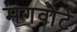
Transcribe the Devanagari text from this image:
मगवौर्ट